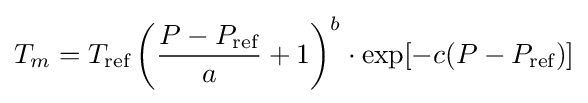
T_{m}=T_{\text{ref}}\left({\frac {P-P_{\text{ref}}}{a}}+1\right)^{b}\cdot \exp[-c(P-P_{\text{ref}})]